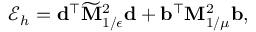
\mathcal { E } _ { h } = \mathbf { d } ^ { \top } \widetilde { \mathbf { M } } _ { 1 / \epsilon } ^ { 2 } \mathbf { d } + \mathbf { b } ^ { \top } \mathbf { M } _ { 1 / \mu } ^ { 2 } \mathbf { b } ,